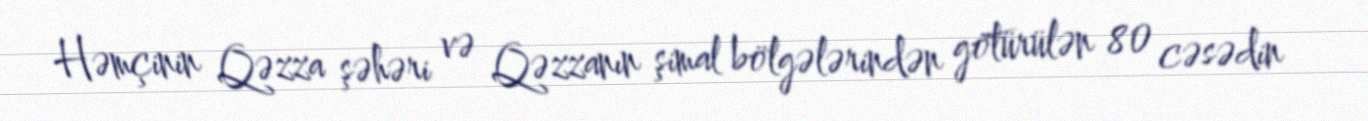
Həmçinin Qəzza şəhəri və Qəzzanın şimal bölgələrindən götürülən 80 cəsədin